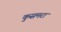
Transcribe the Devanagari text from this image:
कुसमरा